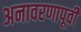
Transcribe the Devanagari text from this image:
अनावरणापूर्वी